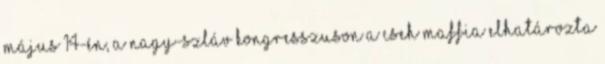
május 14-én, a Nagy-Szláv Kongresszuson a cseh maffia elhatározta